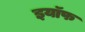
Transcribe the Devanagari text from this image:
इयॉफ